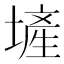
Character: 𪤕